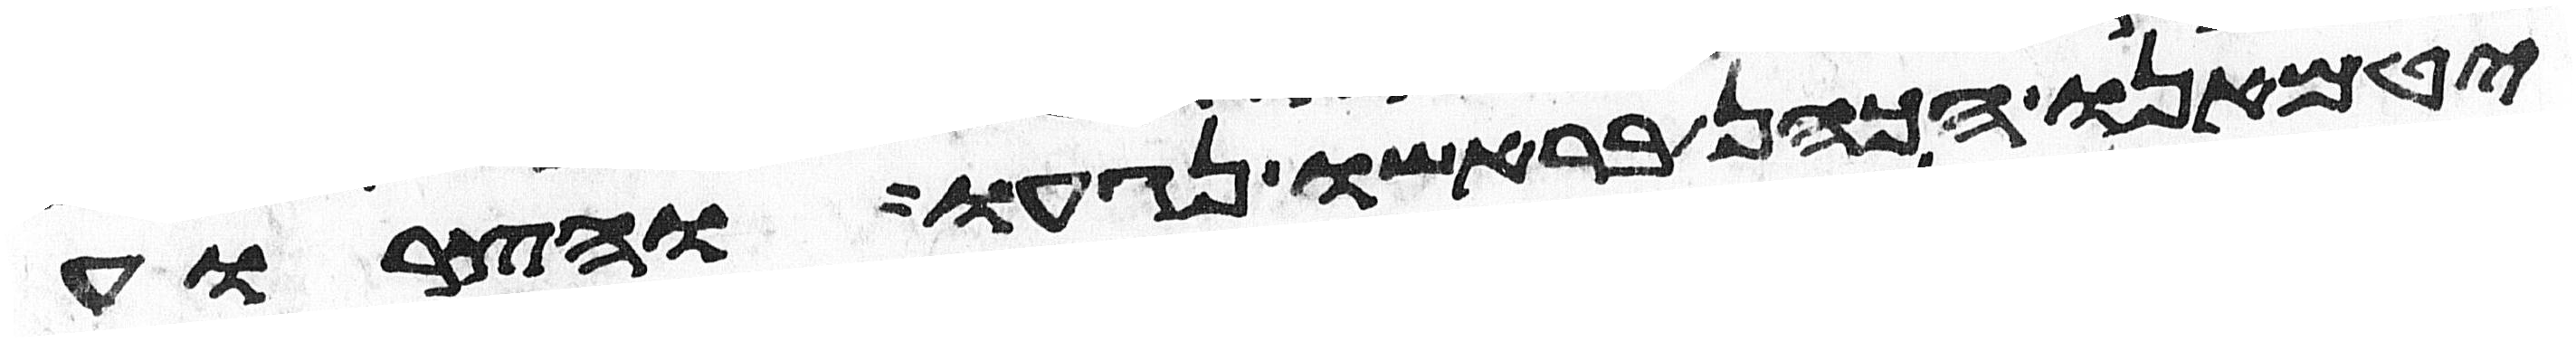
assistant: יטמאנו הכהן בראשו נגעו והצרוע